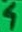
Text: 4